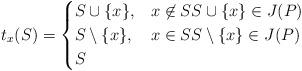
LaTeX: \begin{align*} t_x(S)= \begin{cases} S\cup \{x\},&x\not\in SS\cup \{x\} \in J(P) \\ S\setminus \{x\},&x\in SS\setminus \{x\} \in J(P) \\ S & \end{cases}\end{align*}